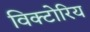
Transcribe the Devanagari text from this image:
विक्टोरिय